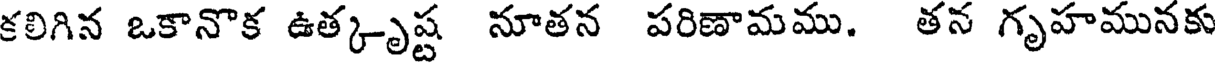
కలిగిన ఒకానొక ఉత్కృష్ట నూతన పరిణామము. తన గృహమునకు